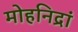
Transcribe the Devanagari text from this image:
मोहनिद्रां